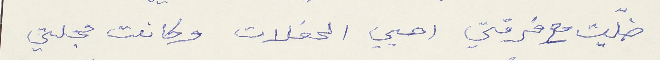
ضلّيت مع فرقتي احيي الحفلات وكانت مجلتي